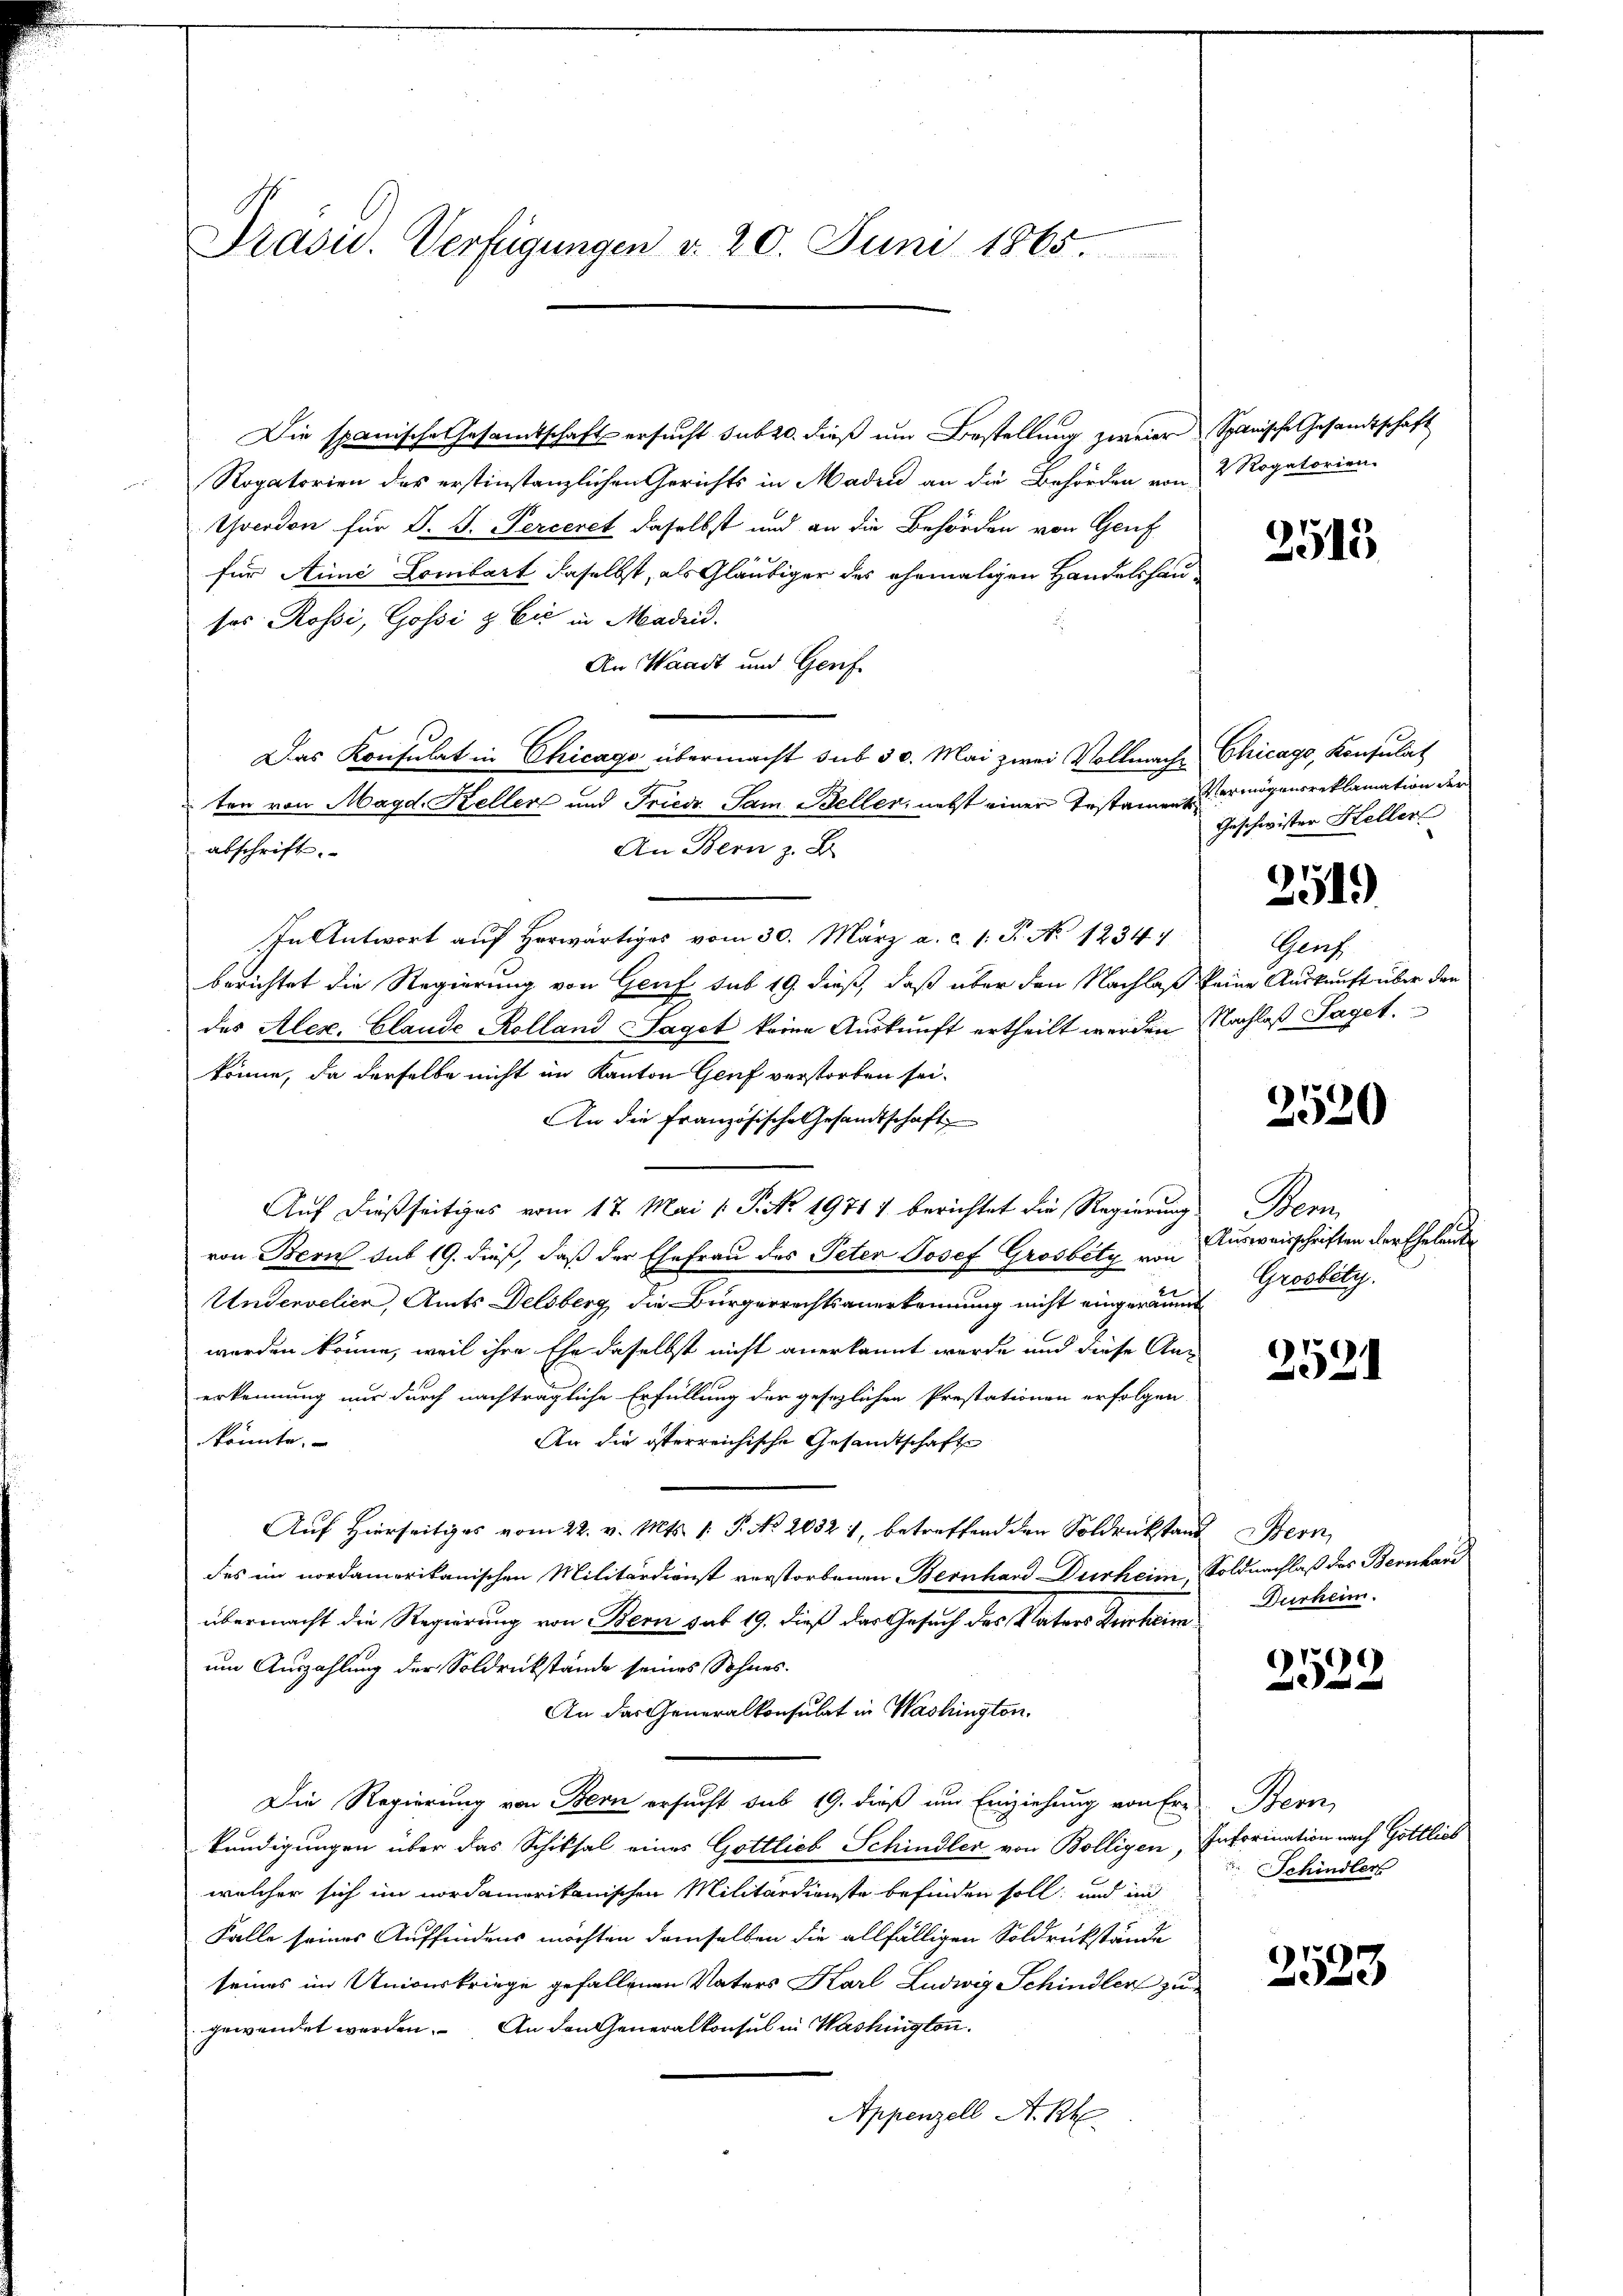
Präsid. Verfügungen d. 20. Juni 1865.

Die spanische Gesamtschaft ersucht sub 20. dieß um Bestellung zweier Spanische Gesandtschaft
Rogatorien des erstinstanzlichen Gerichts in Maden an die Behörden von 2 Rogatorien-
Yverdon für D. S. Perceret daselbst und an die Behörden von Genf
für Aimi Lombart daselbst, als Gläubiger des ehemaligen Handelshau
sos Rossi, Gossi & Cie in Madrid.
An Waadt und Genf.
Das Konsulat in Chicago übermacht sub 30. Mai zwei Vollmache Chicago, Konsulat
ten von Magd. Keller und Friedr. Sam Beller, nebst einer Erstament ermögensreklamation der
An Bern z. B.
abschrift.
In Antwort aŭf herwärtiges vom 30. März a. c. l. J. No 1234
berichtet die Regierung von Genf sub 19. dieß, daß über den Nachlaß keine Auskunft über den
des Alex. Claude Kolland Taget keine Auskunft ertheilt werden Nachlaß Saget.
könne, da derselbe nicht im Kanton Genf verstorben sei.
An die französische Gesandtschaft
Auf dießseitiges vom 17. Mai [ P. No. 19717 berichtet die Regierung Bern,
von Bern sub 19. dieß, daß der Ehefrau des Peten Josef Grosbety von
Undervelien, Amts Delsberg, die Bürgerrechtsanerkennung nicht eingeräumt
worden könne, weil ihre Ehe daselbst nicht anerkannt werde und diese An-
erkennung nur durch nachträgliche Erfüllung der gesezlichen Prestationen erfolgen
könnte.
An die iterreichische Gesandtschafte
Auf hierseitiges vom 22. v. Mts. 1. P. Nr. 2032 1, betreffend den Soldrückstand Bern
des im nordamerikanischen Militärdienst verstorbenen Bernhard Dürheim, Soldnachlaß das Bernhard
übermacht die Regierung von Bern sub 19. dieß das Gesuch des Vaters Verheim
um Auszahlung der Soldrückstände seines Sohnes.
An das Generalkonsulat in Washington.
Die Regierung von Bern ersucht sub 19. dieß um Einziehung von Ere Bern,
kundigungen über das Schiksal eines Gottlieb Schindler von Bolligen, Inforination nach Gottlies
welcher sich im nordamerikanischen Militärdienste befinden soll; und im
Falle seines Auffindens möchten demselben die allfälligen Soldrückstände
seines im Univerkriege gefallenen Vaters Karl Ludwig Schindler zu
gewendet werden. An den Generalkonsul in Washington.
Appenzell A. Rh

2515

Geschwister Heller

2519)

Genz

2520

Ausweisschriften der Eheleute
Grossetz.

2521

Zurheim.

2529

Schindler

2523